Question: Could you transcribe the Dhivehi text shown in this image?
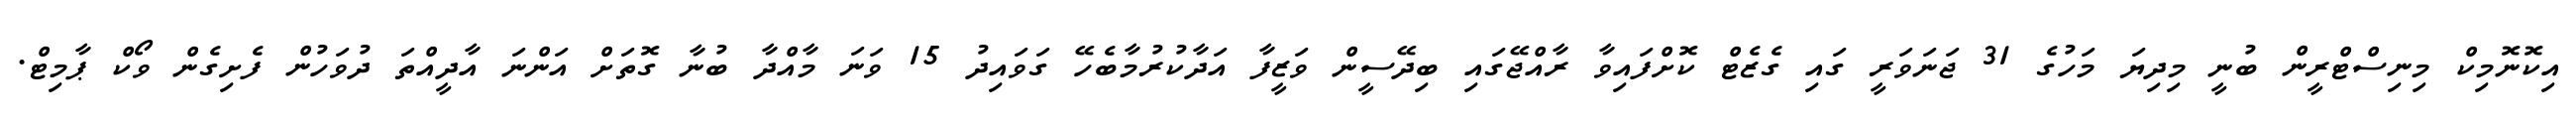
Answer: އިކޮނޮމިކް މިނިސްޓްރީން ބުނީ މިދިޔަ މަހުގެ 31 ޖަނަވަރީ ގައި ގެޒެޓް ކޮށްފައިވާ ރާއްޖޭގައި ބިދޭސީން ވަޒީފާ އަދާކުރުމާބެހޭ ގަވައިދު 15 ވަނަ މާއްދާ ބުނާ ގޮތަށް އަންނަ އާދީއްތަ ދުވަހުން ފެށިގެން ވޯކް ޕާމިޓް.